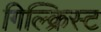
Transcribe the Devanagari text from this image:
गिल्क्रिस्ट